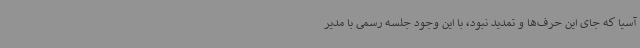
آسیا که جای این حرف‌ها و تمدید نبود، با این وجود جلسه رسمی با مدیر